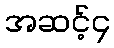
အဆင့်၄